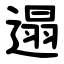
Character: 遢